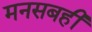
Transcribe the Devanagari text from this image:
मनसबही